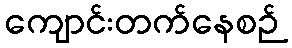
ကျောင်းတက်နေစဉ်